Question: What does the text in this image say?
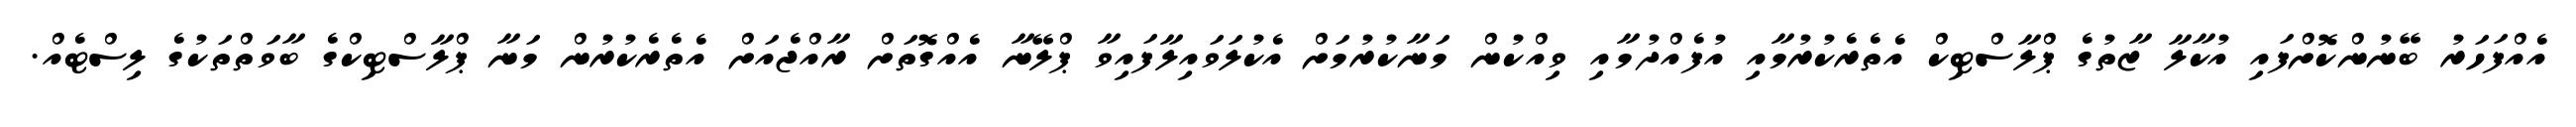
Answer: އެއްފަހަރު ބޭނުންކޮށްފައި އުކާލާ ޒާތުގެ ޕްލާސްޓިކް އެތެރެކުރުމާއި އުފެއްދުމާއި ވިއްކުން މަނާކުރުމަށް އެކުލަވައިލާފައިވާ ޕްލޭނާ އެއްގޮތަށް ރާއްޖެއަށް އެތެރެކުރުން މަނާ ޕްލާސްޓިކްގެ ބާވަތްތަކުގެ ލިސްޓެއް.